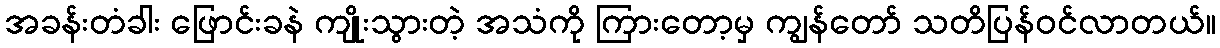
အခန်းတံခါး ဖြောင်းခနဲ ကျိုးသွားတဲ့ အသံကို ကြားတော့မှ ကျွန်တော် သတိပြန်ဝင်လာတယ်။